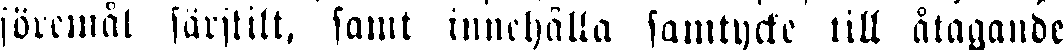
föremål särskilt, samt innehålla samtycke till åtagande